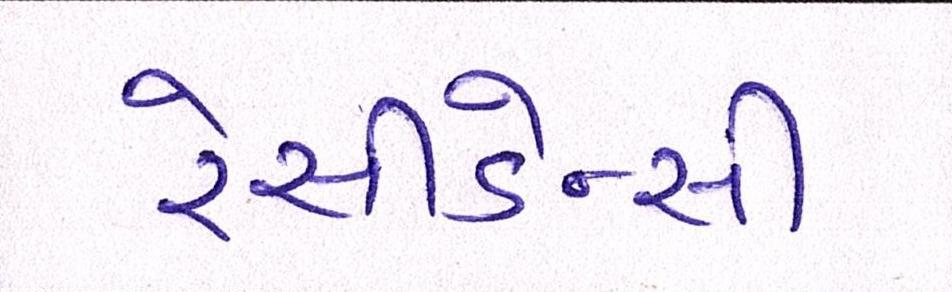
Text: રેસીડેન્સી